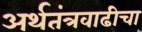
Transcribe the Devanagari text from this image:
अर्थतंत्रवाढीचा